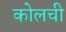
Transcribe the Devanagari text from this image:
कोलची